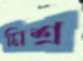
মিশ্র